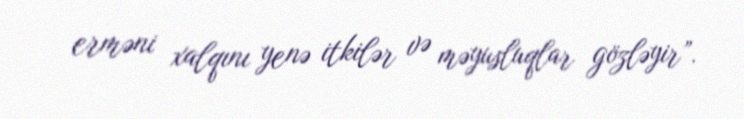
erməni xalqını yenə itkilər və məyusluqlar gözləyir”.